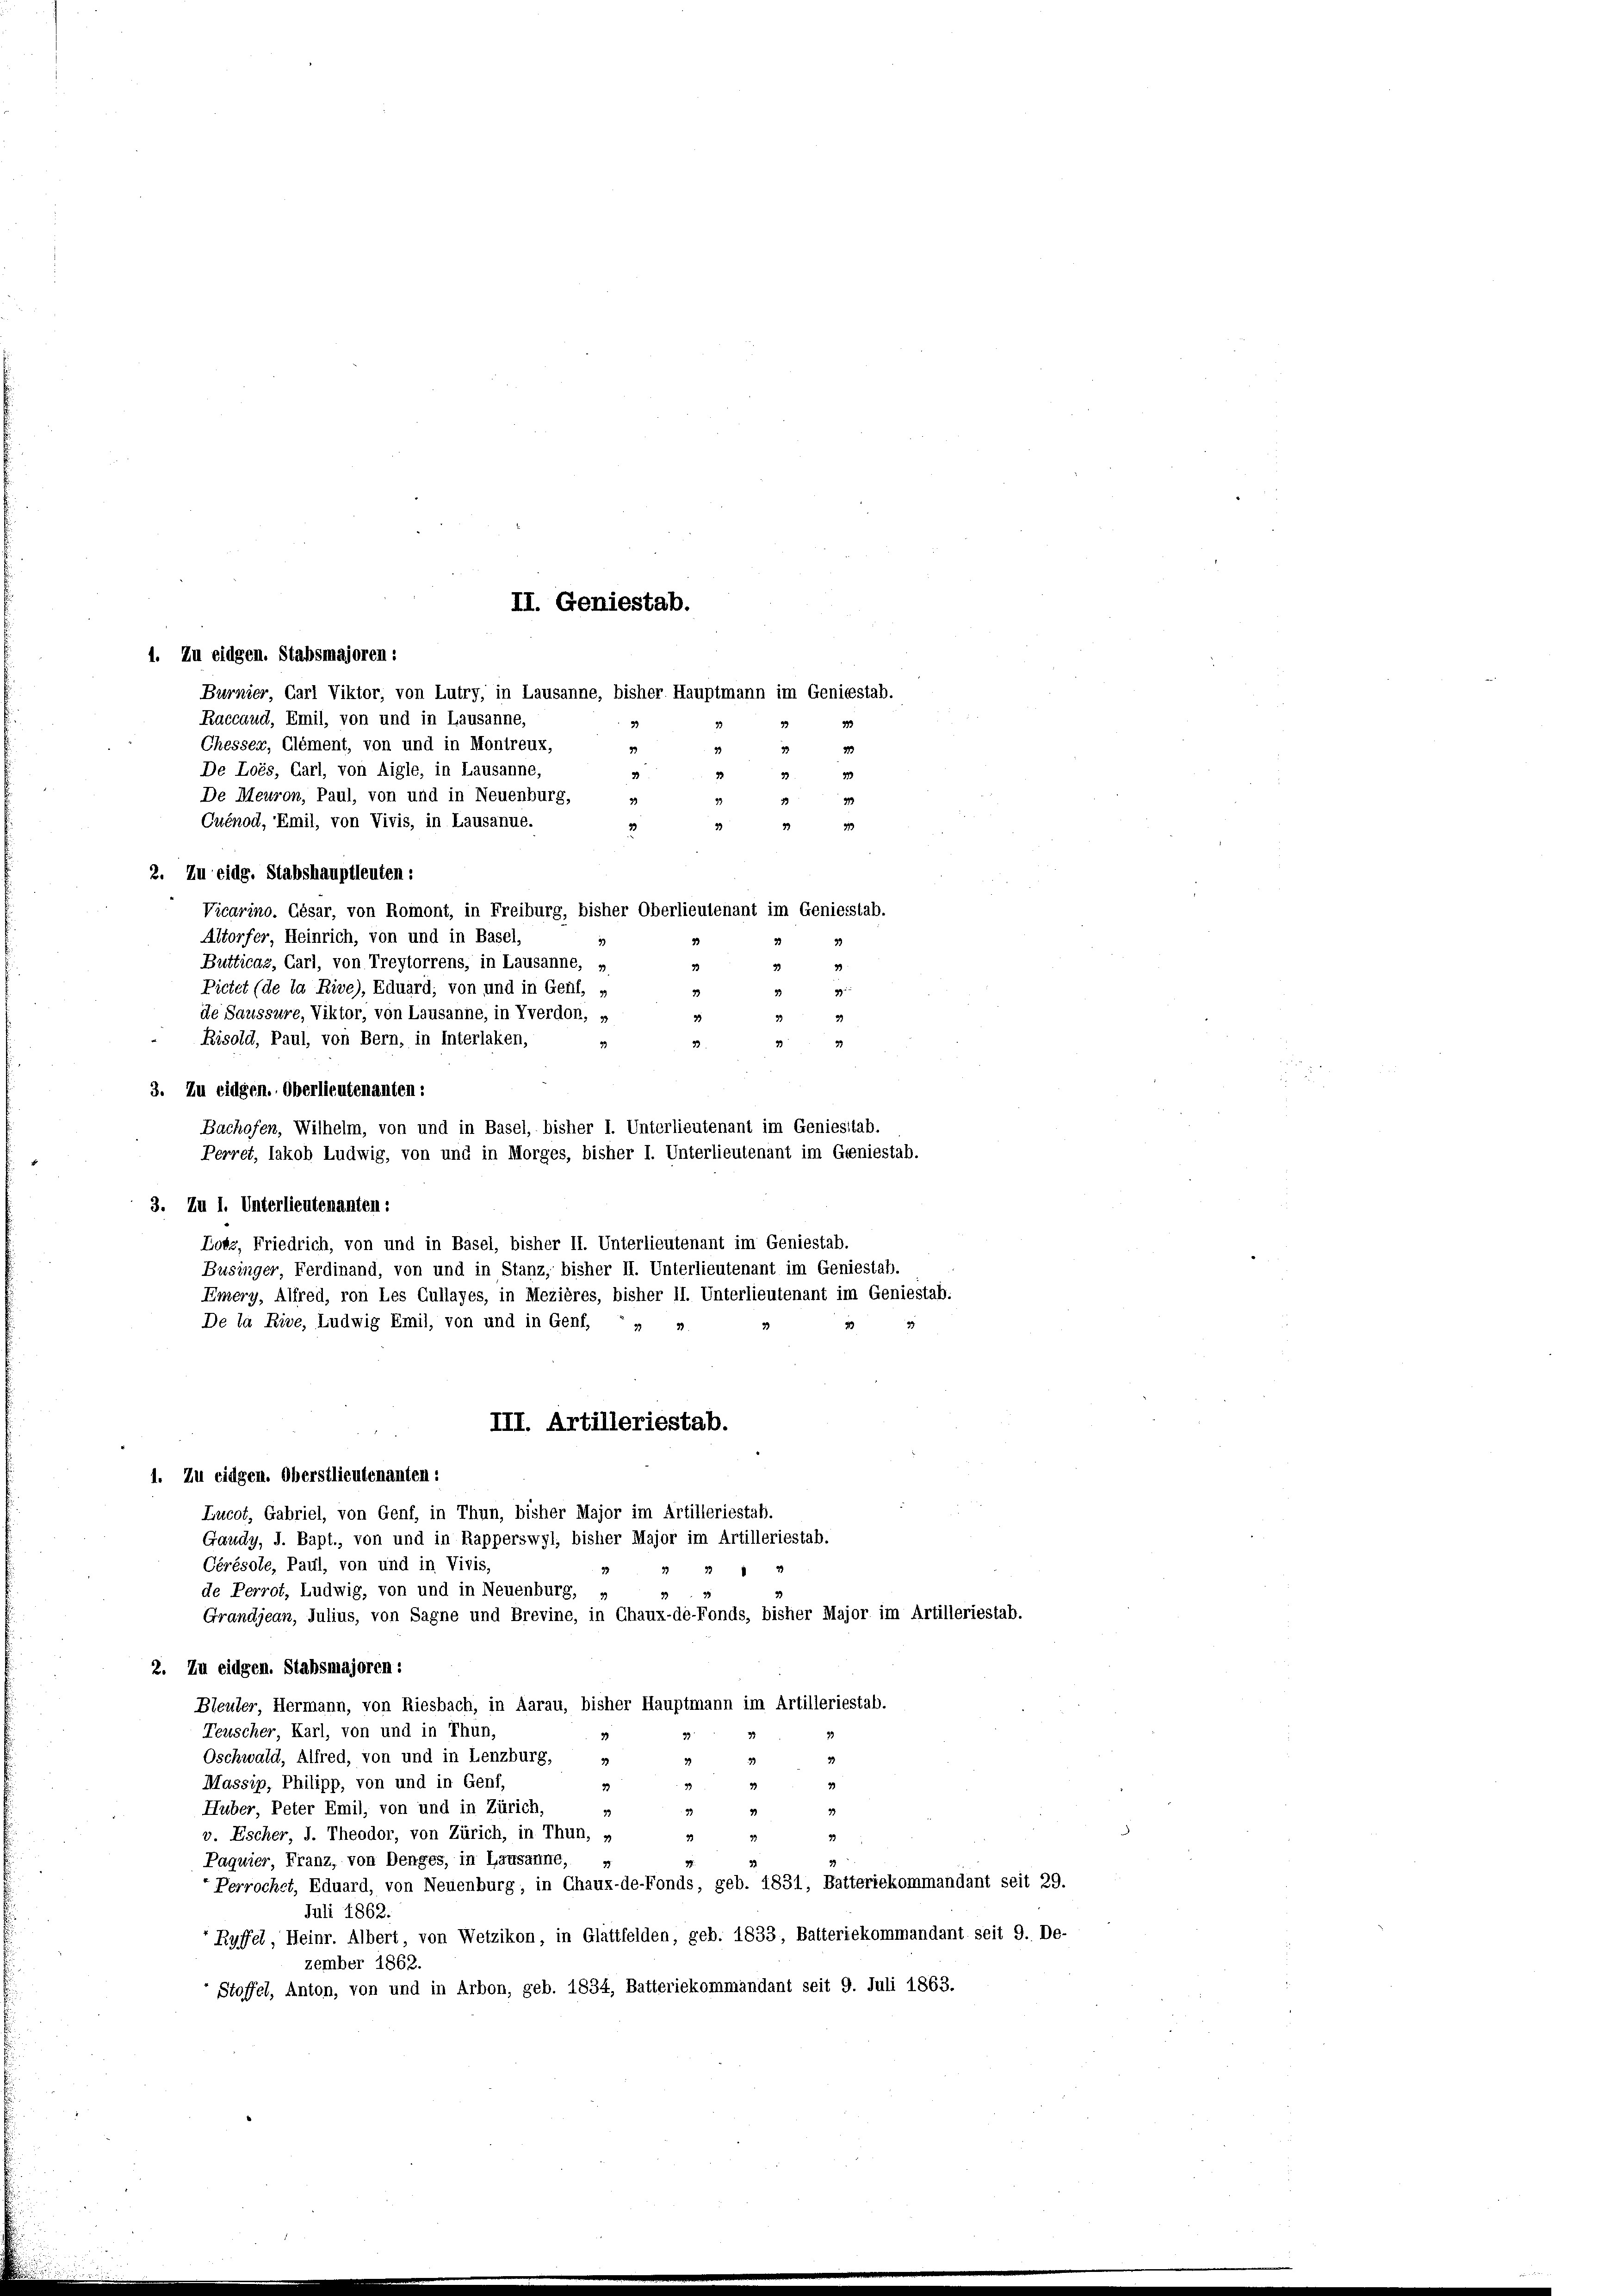
II. Geniestab.
1. Zu eidgen. Stabsmajoren :

Burnier, Carl Viktor, von Lutry, in Lausanne, bisher Hauptmann im Geniestab.
Raccaud, Emil, von und in Lausanne,
3
Chesser, Glément, von und in Montreux,
99
De Loès, Carl, von Aigle, in Lausanne,
3
De Meuron, Paul, von und in Neuenburg,
39
Cuénod, Emil, von Vivis, in Lausanue.
99
33
2. Zu eidg. Stabshauptleuten:
Vicarino. César, von Romont, in Freiburg, bisher Oberlieutenant im Geniesstab.
Altorfer, Heinrich, von und in Basel,
Butticaz, Carl, von Treytorrens, in Lausanne, »
33
Pictet (de la Rive), Eduard, von und in Genl, »
39
de Saussure, Viktor, von Lausanne, in Yverdon, »
Risold, Paul, von Bern, in Interlaken,
33
33
33
3. Zu eidgen. Oberlieutenanten:
Bachofen, Wilhelm, von und in Basel, bisher I. Unterlieutenant im Geniesstab.
Perret, lakob Ludwig, von und in Morges, bisher I. Unterlieutenant im Geniestab.
3. Zu 1. Unterlieutenanten:
Lotz, Friedrich, von und in Basel, bisher II. Unterlieutenant im Geniestab.
Businger, Ferdinand, von und in Stanz, bisher II. Unterlieutenant im Geniestab.
Enery, Alfred, von Les Cullayes, in Mezières, bisher II. Unterlieutenant im Geniestab.
De la Rive, Ludwig Emil, von und in Genf, »
III. Artilleriestab.
1. Zu eidgen. Oberstlieutenanten:
Lucot, Gabriel, von Genf, in Thun, bisher Major im Artilleriestab.
Gaudy, J. Bapt., von und in Rapperswyl, bisher Major im Artilleriestab.
Cérésole, Paul, von und in Vivis,
de Perrot, Ludwig, von und in Neuenburg,
Grandjean, Julius, von Sagne und Brevine, in Chaux-de-Fonds, bisher Major im Artilleriestab.
2. Zu eidgen. Stabsmajoren :
Bleuler, Hermann, von Riesbach, in Aarau, bisher Hauptmann im Artilleriestab.
Teuscher, Karl, von und in Thun,
Oschwald, Alfred, von und in Lenzburg,
33
Massiz, Philipp, von und in Genf,
3
33
Huber, Peter Emil, von und in Zürich,
3
33
33
v. Escher, J. Theodor, von Zürich, in Thun, »
33
33
33
Paquier, Franz, von Denges, in Lausanne,
22
Perrochet, Eduard, von Neuenburg; in Chaux-de-Fonds, geb. 1831, Batteriekommandant seit 29.
Juli 1862.
Ruffel, Heinr. Albert, von Wetzikon, in Glattfelden, geb. 1833, Balteriekommandant seit 9. De-
zember 1862.
Stoffel, Anton, von und in Arbon, geb. 1834, Batteriekommandant seit 9. Juli 1863.